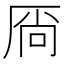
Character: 𫨋